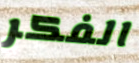
الفكر